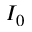
I _ { 0 }